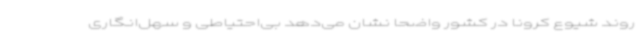
روند شیوع کرونا در کشور واضحا نشان می‌دهد بی‌احتیاطی و سهل‌انگاری